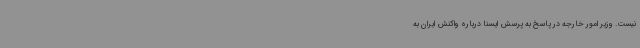
نیست. وزیر امور خارجه در پاسخ به پرسش ایسنا درباره واکنش ایران به